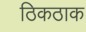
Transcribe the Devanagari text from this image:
ठिकठाक